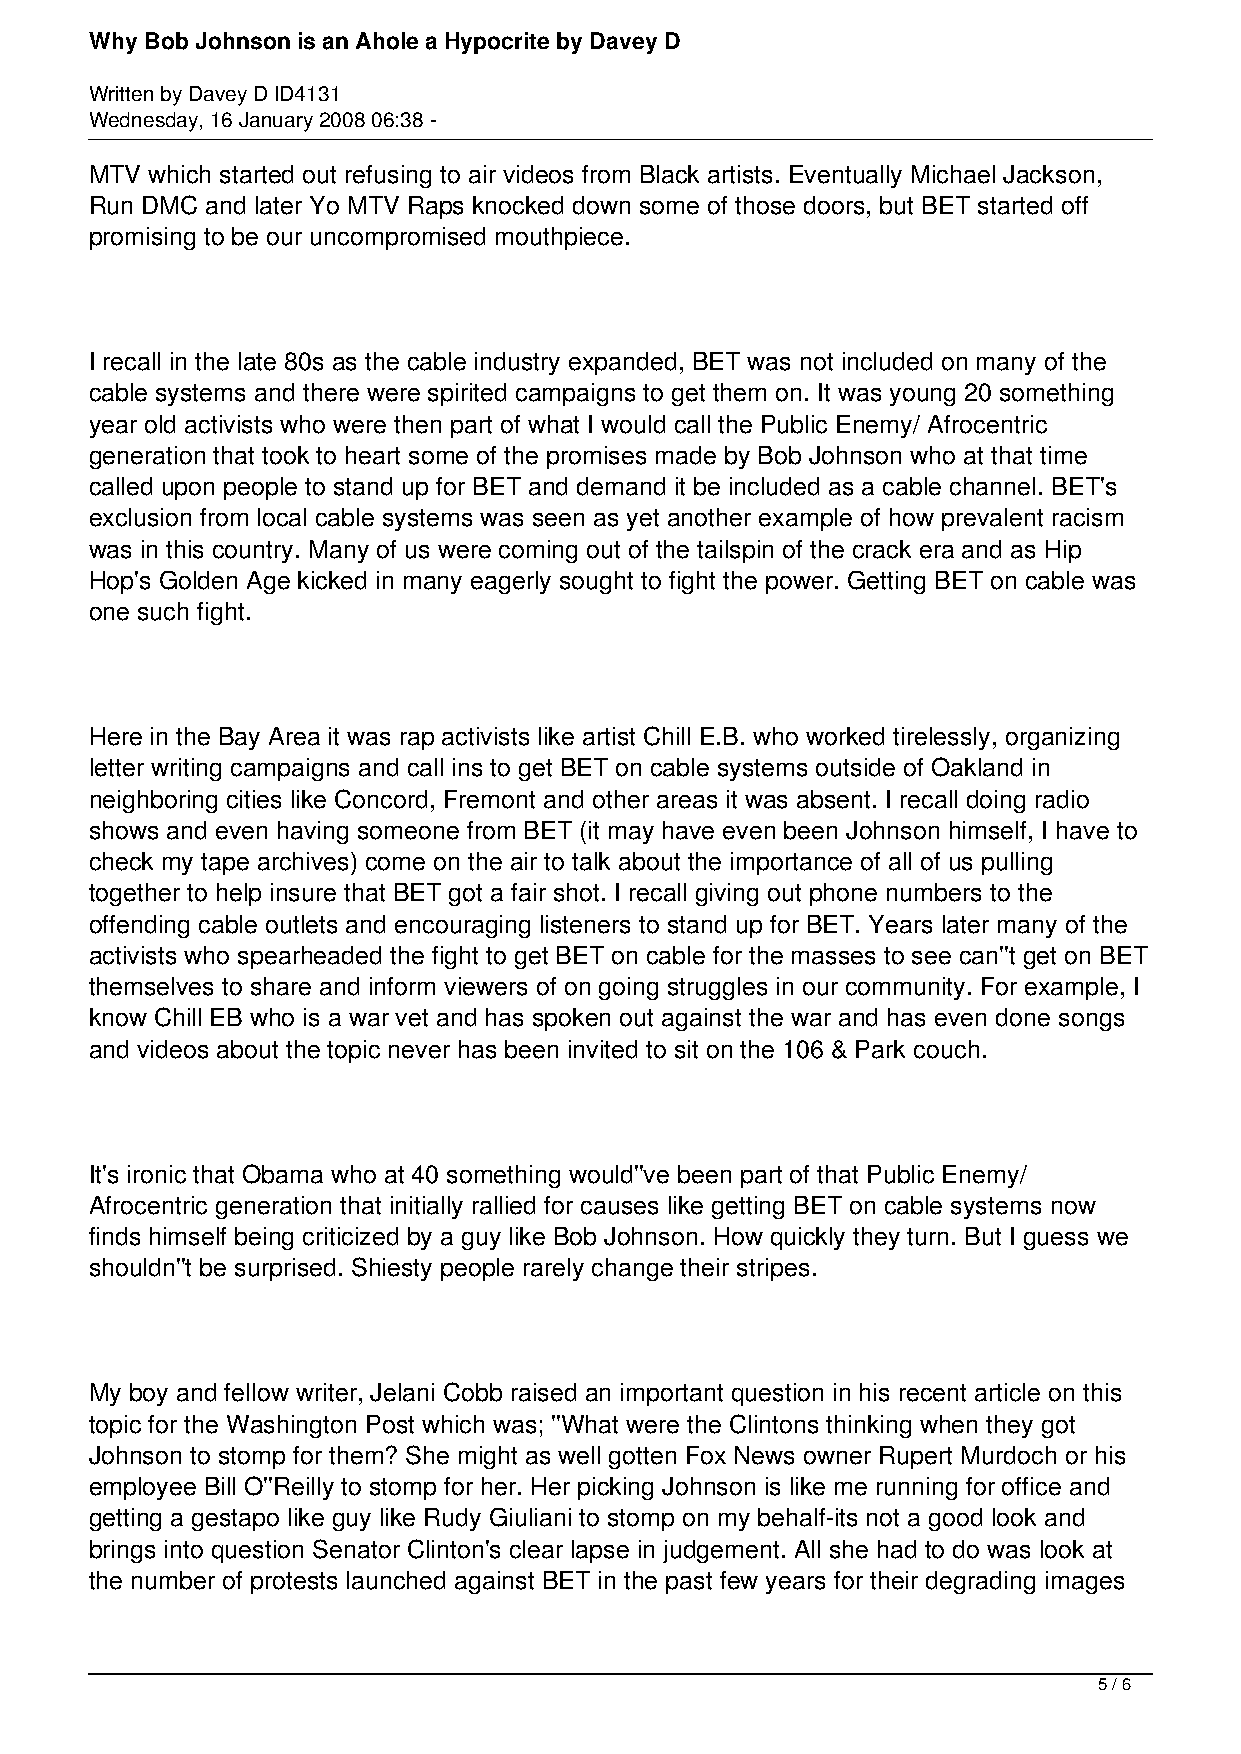
Why Bob Johnson is an Ahole a Hypocrite by Davey D
 Written by Davey D ID4131
 Wednesday, 16 January 2008 06:38 -
 MTV which started out refusing to air videos from Black artists. Eventually Michael Jackson,
 Run DMC and later Yo MTV Raps knocked down some of those doors, but BET started off
 promising to be our uncompromised mouthpiece.
 I recall in the late 80s as the cable industry expanded, BET was not included on many of the
 cable systems and there were spirited campaigns to get them on. It was young 20 something
 year old activists who were then part of what I would call the Public Enemy/ Afrocentric
 generation that took to heart some of the promises made by Bob Johnson who at that time
 called upon people to stand up for BET and demand it be included as a cable channel. BET's
 exclusion from local cable systems was seen as yet another example of how prevalent racism
 was in this country. Many of us were coming out of the tailspin of the crack era and as Hip
 Hop's Golden Age kicked in many eagerly sought to fight the power. Getting BET on cable was
 one such fight.
 Here in the Bay Area it was rap activists like artist Chill E.B. who worked tirelessly, organizing
 letter writing campaigns and call ins to get BET on cable systems outside of Oakland in
 neighboring cities like Concord, Fremont and other areas it was absent. I recall doing radio
 shows and even having someone from BET (it may have even been Johnson himself, I have to
 check my tape archives) come on the air to talk about the importance of all of us pulling
 together to help insure that BET got a fair shot. I recall giving out phone numbers to the
 offending cable outlets and encouraging listeners to stand up for BET. Years later many of the
 activists who spearheaded the fight to get BET on cable for the masses to see can''t get on BET
 themselves to share and inform viewers of on going struggles in our community. For example, I
 know Chill EB who is a war vet and has spoken out against the war and has even done songs
 and videos about the topic never has been invited to sit on the 106 & Park couch.
 It's ironic that Obama who at 40 something would''ve been part of that Public Enemy/
 Afrocentric generation that initially rallied for causes like getting BET on cable systems now
 finds himself being criticized by a guy like Bob Johnson. How quickly they turn. But I guess we
 shouldn''t be surprised. Shiesty people rarely change their stripes.
 My boy and fellow writer, Jelani Cobb raised an important question in his recent article on this
 topic for the Washington Post which was; ''What were the Clintons thinking when they got
 Johnson to stomp for them? She might as well gotten Fox News owner Rupert Murdoch or his
 employee Bill O''Reilly to stomp for her. Her picking Johnson is like me running for office and
 getting a gestapo like guy like Rudy Giuliani to stomp on my behalf-its not a good look and
 brings into question Senator Clinton's clear lapse in judgement. All she had to do was look at
 the number of protests launched against BET in the past few years for their degrading images
 5 / 6